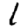
Digit: 1